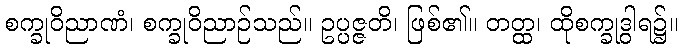
စက္ခုဝိညာဏံ၊ စက္ခုဝိညာဉ်သည်။ ဥပ္ပဇ္ဇတိ၊ ဖြစ်၏။ တတ္ထ၊ ထိုစက္ခုဒွါရ၌။